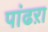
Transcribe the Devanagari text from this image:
पांढऱा